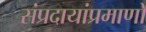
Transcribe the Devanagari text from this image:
संप्रदायांप्रमाणो